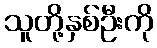
သူတို့နှစ်ဦးကို